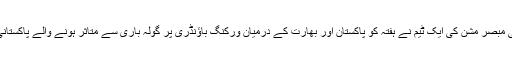
اقوام متحدہ کے فوجی مبصر مشن کی ایک ٹیم نے ہفتہ کو پاکستان اور بھارت کے درمیان ورکنگ باؤنڈری پر گولہ باری سے متاثر ہونے والے پاکستانی دیہات کا دورہ کیا۔